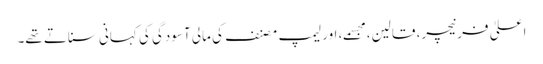
اعلیٰ فرنیچر، قالین، مجسمے، اور لیمپ مصنف کی مالی آسودگی کی کہانی سناتے تھے۔